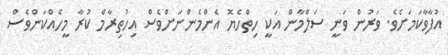
އުފާވާކަމަށެވެ. ވަރުން ވަނީ ސަލްމާން އަކީ ހިތްހެޔޮ އެންމެންނަށްވެސް އިހުތިރާމް ކުރާ މީހެއްކަންވެސް